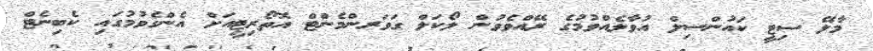
މާލޭ ސިޓީ ކައުންސިލް އުވާލެއްވުމުގެ ރޭއްވެވުން ލޯކަލް ގަވަރންމެންޓް އޮތޯރިޓީއަށް އެންގެވުމުގައި ކެބިނެޓް